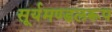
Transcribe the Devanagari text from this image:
सूर्यमण्डलरूप